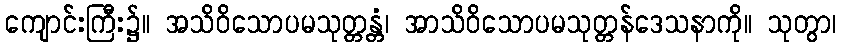
ကျောင်းကြီး၌။ အသိဝိသောပမသုတ္တန္တံ၊ အာသိဝိသောပမသုတ္တန်ဒေသနာကို။ သုတွာ၊